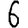
Digit: 6